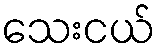
သေးငယ်